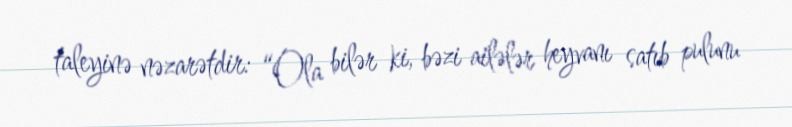
taleyinə nəzarətdir: “Ola bilər ki, bəzi ailələr heyvanı satıb pulunu